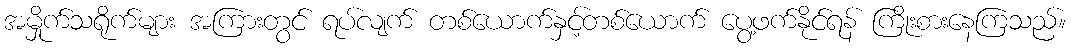
အမှိုက်သရိုက်များ အကြားတွင် ရပ်လျက် တစ်ယောက်နှင့်တစ်ယောက် ပွေ့ဖက်နိုင်ရန် ကြိုးစားနေကြသည်။